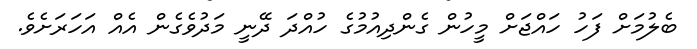
ބެލުމަށް ފަހު ހައްޖަށް މީހުން ގެންދިއުމުގެ ހުއްދަ ދޭނީ މަދުވެގެން އެއް އަހަރަށެވެ.